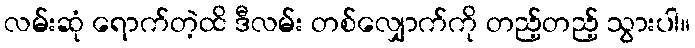
လမ်းဆုံ ရောက်တဲ့ထိ ဒီလမ်း တစ်လျှောက်ကို တည့်တည့် သွားပါ။